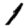
Digit: 1